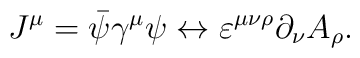
J^\mu =\bar{\psi}\gamma ^\mu \psi \leftrightarrow \varepsilon ^{\mu \nu \rho}\partial _\nu A_\rho .